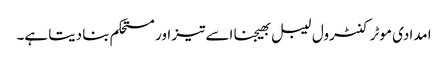
امدادی موٹر کنٹرول لیبل بھیجنا اسے تیز اور مستحکم بنا دیتا ہے۔